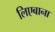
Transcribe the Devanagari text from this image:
लिएबाना